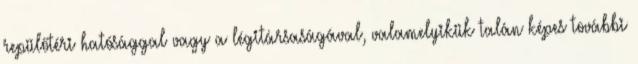
repülőtéri hatósággal vagy a légitársaságával, valamelyikük talán képes további